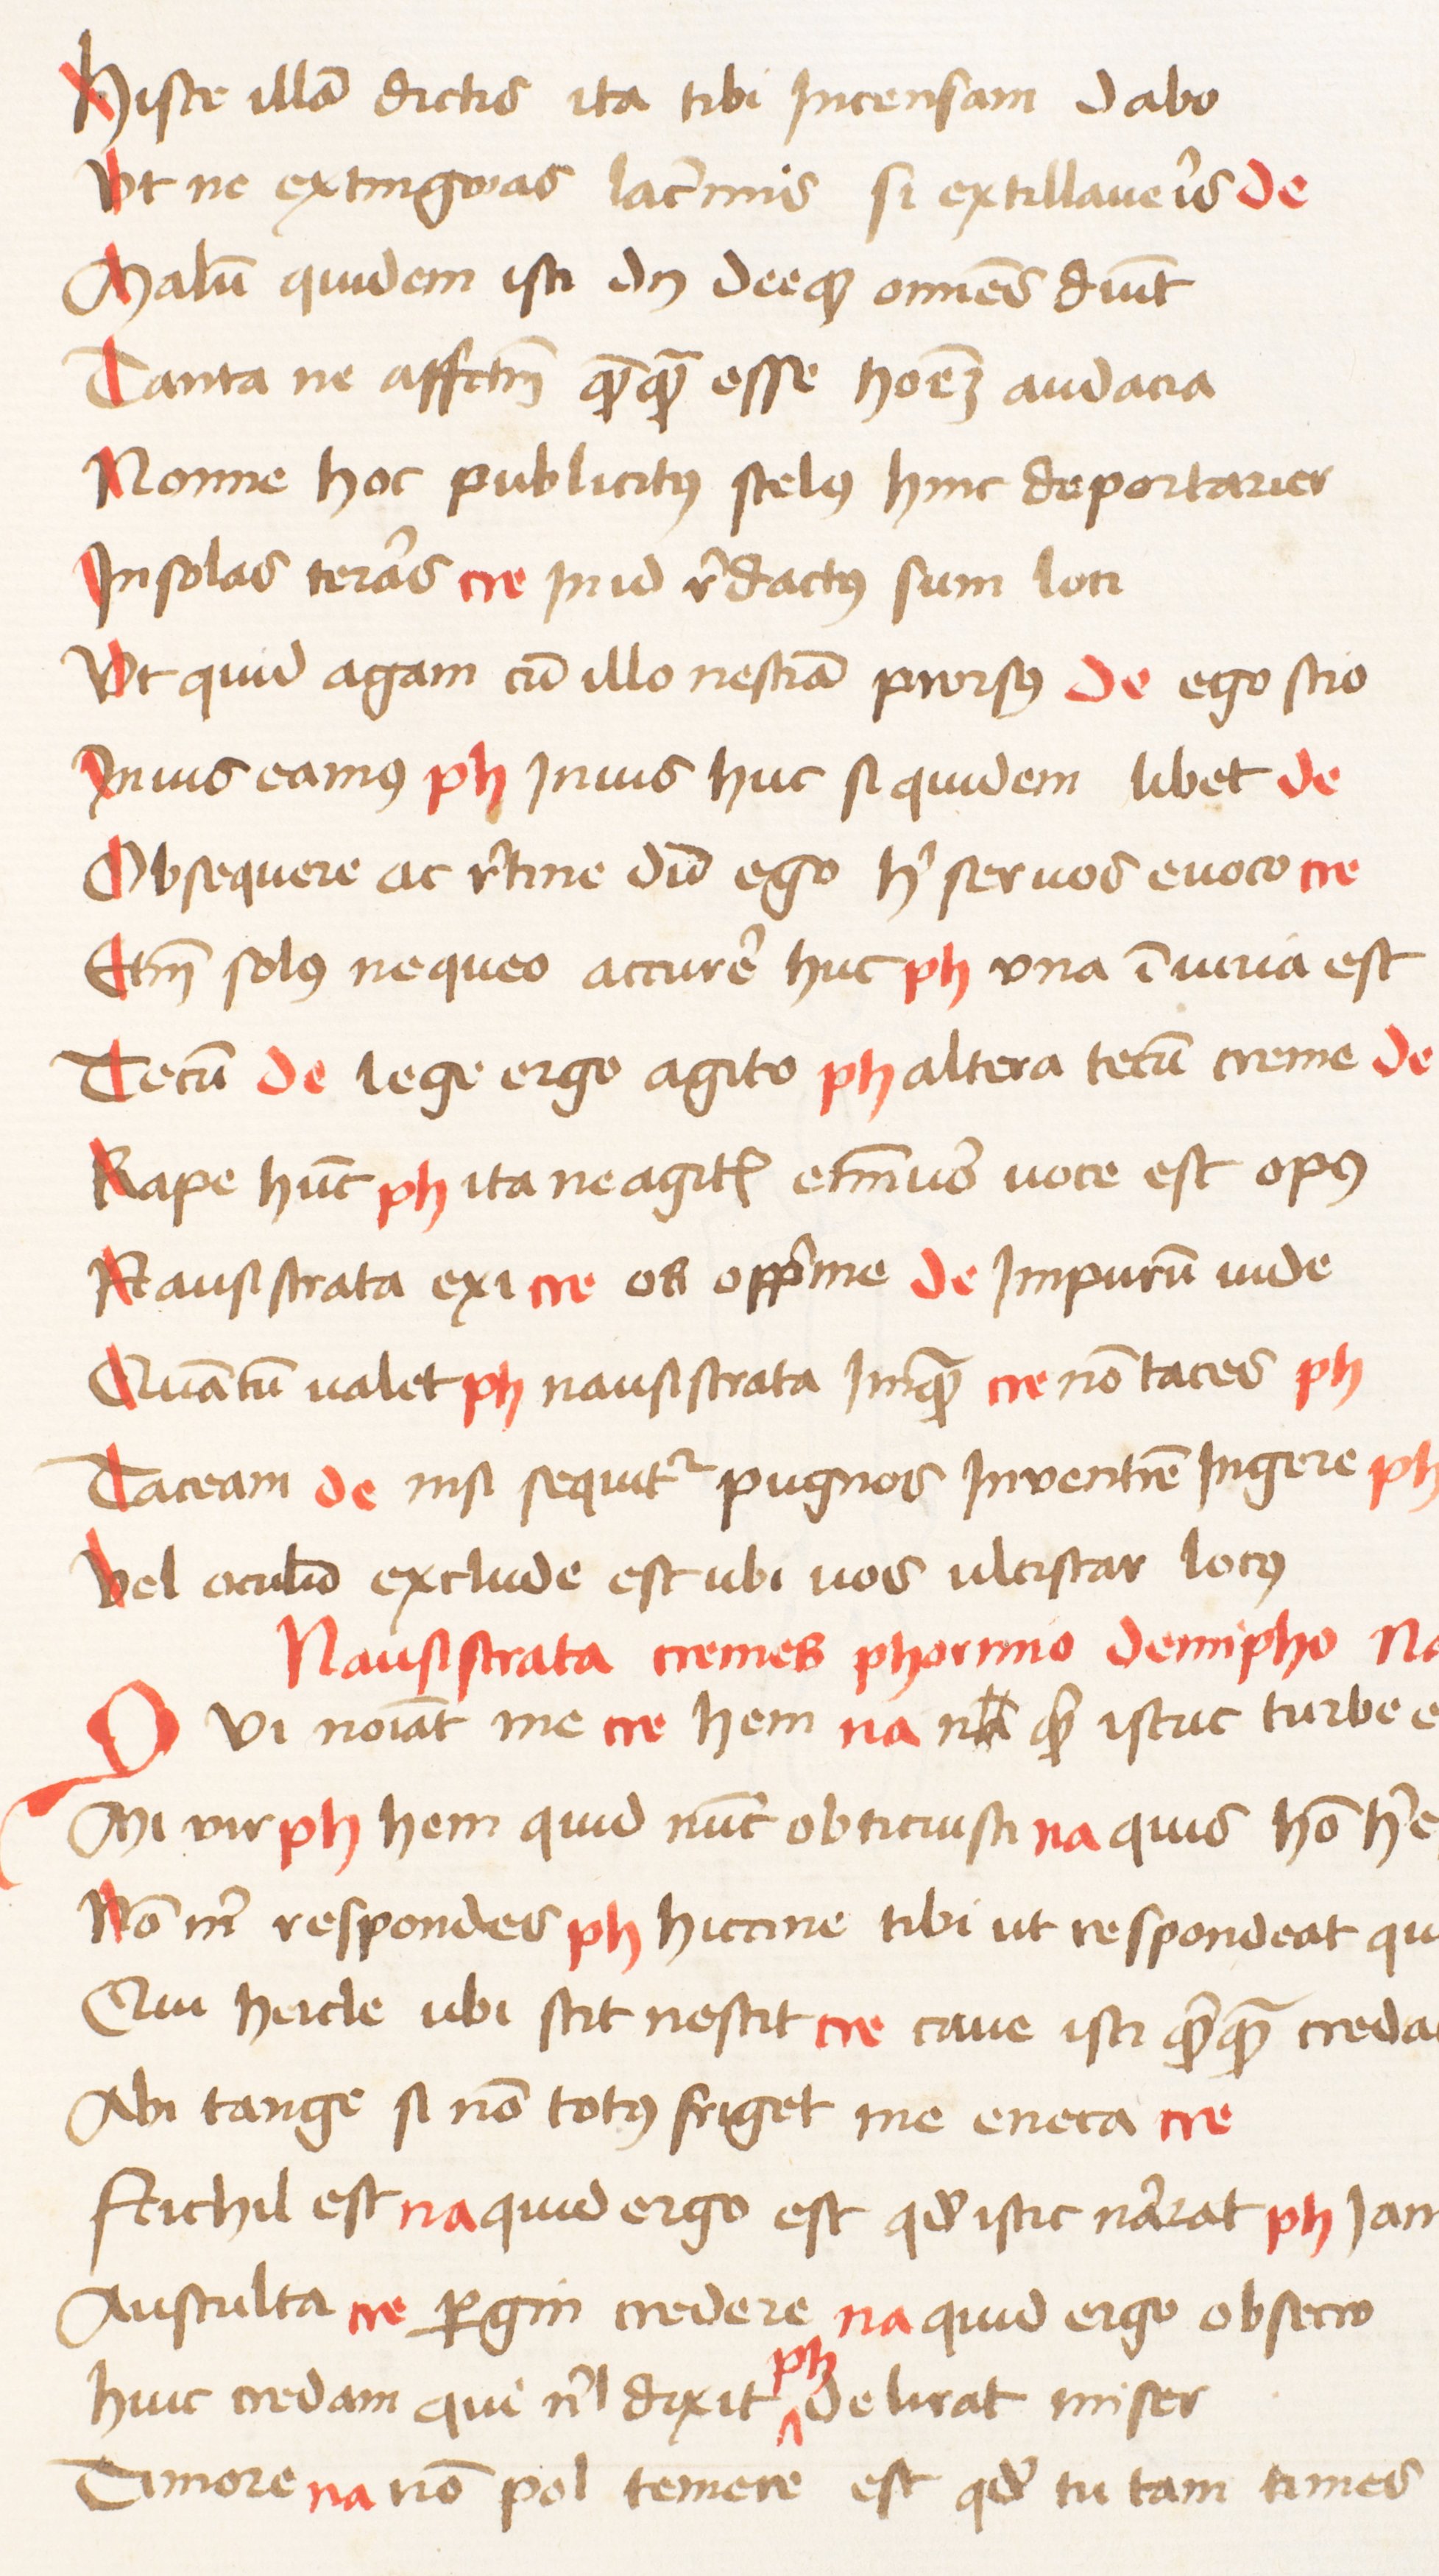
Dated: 1470–1472